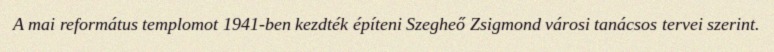
A mai református templomot 1941-ben kezdték építeni Szegheő Zsigmond városi tanácsos tervei szerint.